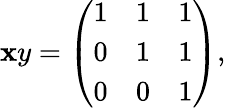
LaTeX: \mathbf{x}y={\left(\begin{array}{lll}{1}&{1}&{1}\\ {0}&{1}&{1}\\ {0}&{0}&{1}\end{array}\right)},